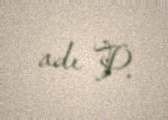
adı P.